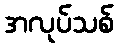
အလုပ်သစ်